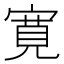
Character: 寛